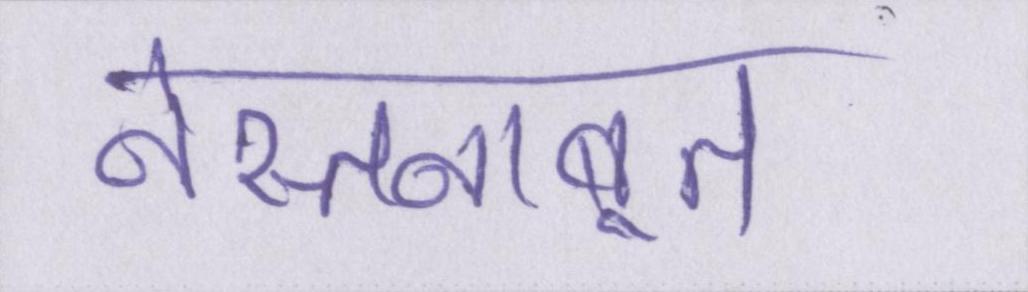
नेस्तनाबूत